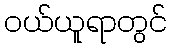
ဝယ်ယူရာတွင်